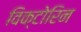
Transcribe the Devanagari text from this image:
विक्टोरिन